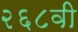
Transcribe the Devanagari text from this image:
२६८वी